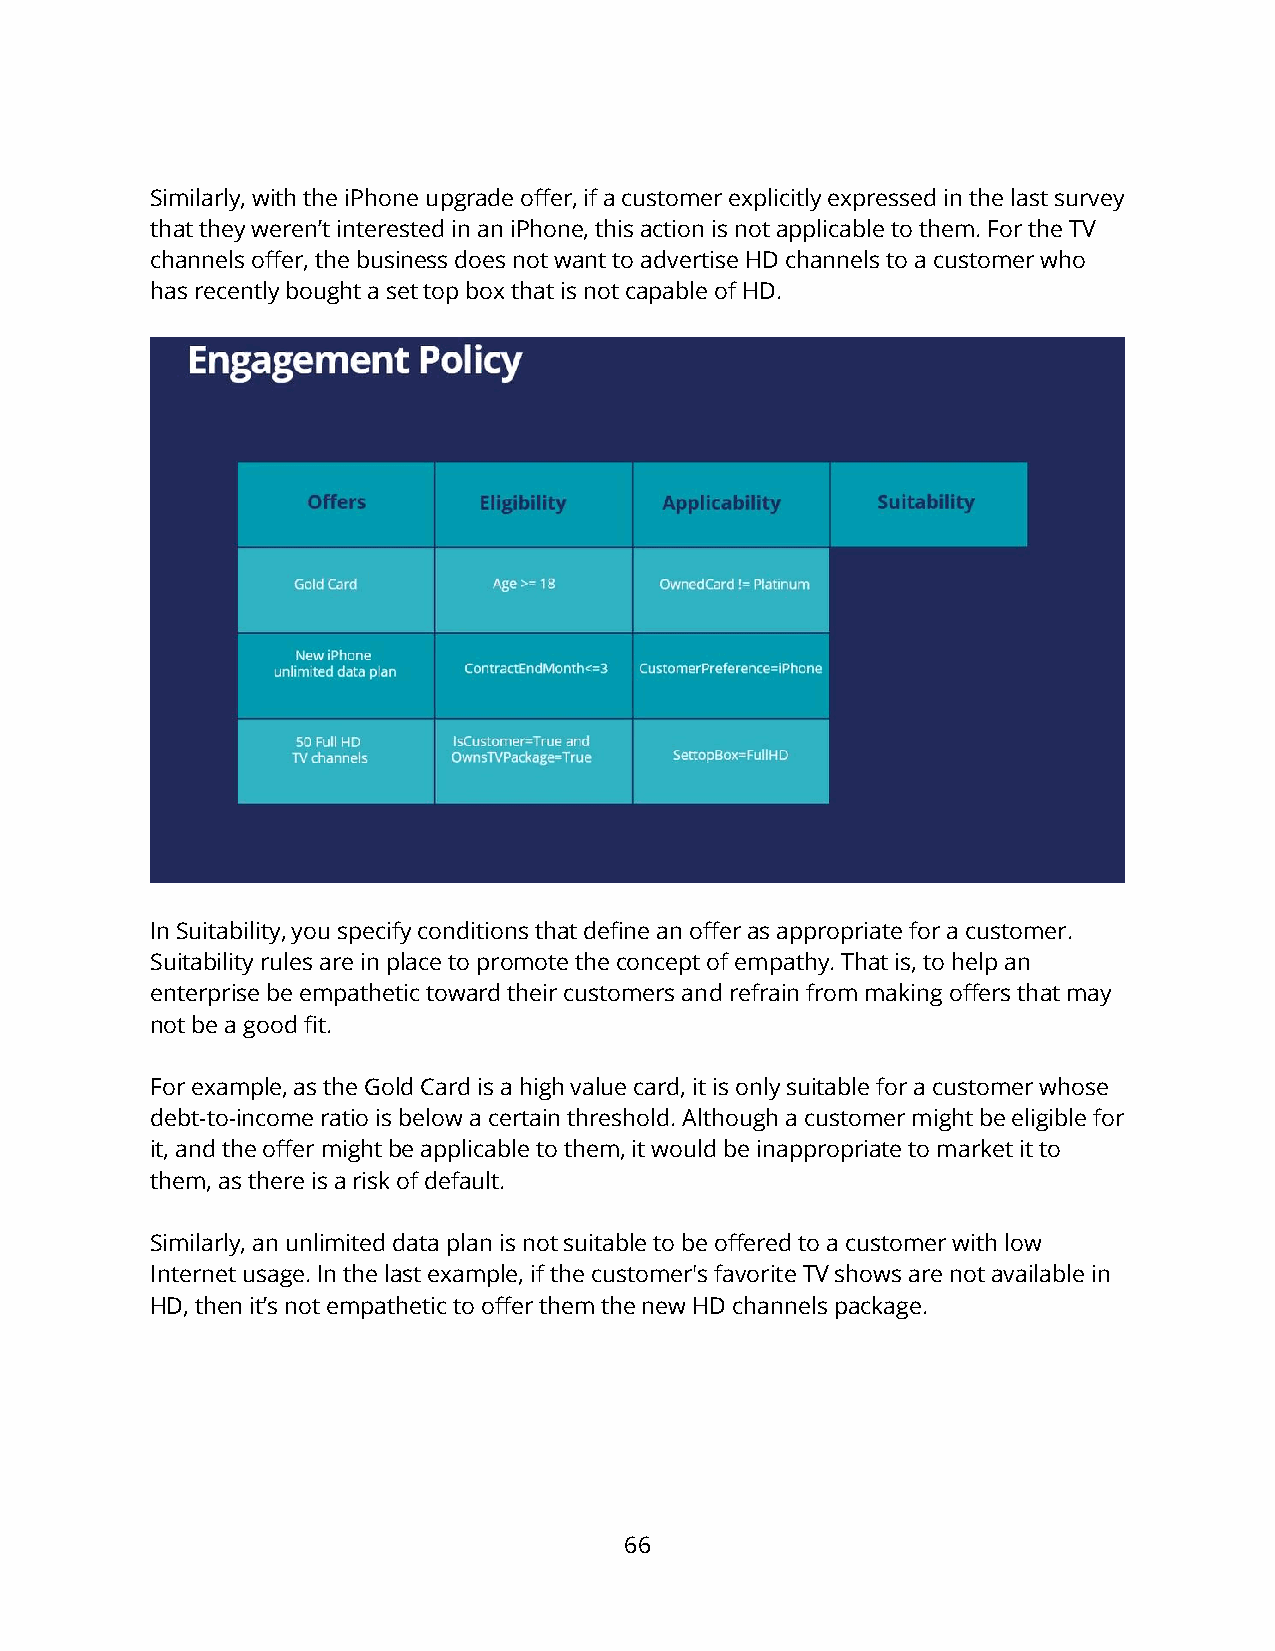
Similarly, with the iPhone upgrade offer, if a customer explicitly expressed in the last survey
 that they weren’t interested in an iPhone, this action is not applicable to them. For the TV
 channels offer, the business does not want to advertise HD channels to a customer who
 has recently bought a set top box that is not capable of HD.
 In Suitability, you specify conditions that define an offer as appropriate for a customer.
 Suitability rules are in place to promote the concept of empathy. That is, to help an
 enterprise be empathetic toward their customers and refrain from making offers that may
 not be a good fit.
 For example, as the Gold Card is a high value card, it is only suitable for a customer whose
 debt-to-income ratio is below a certain threshold. Although a customer might be eligible for
 it, and the offer might be applicable to them, it would be inappropriate to market it to
 them, as there is a risk of default.
 Similarly, an unlimited data plan is not suitable to be offered to a customer with low
 Internet usage. In the last example, if the customer's favorite TV shows are not available in
 HD, then it’s not empathetic to offer them the new HD channels package.
 66